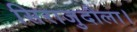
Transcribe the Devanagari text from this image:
सिराजुदौला।